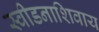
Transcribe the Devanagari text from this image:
स्वीडनाशिवाय